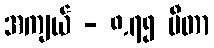
အကျယ် - ၈.၇၅ မီတာ